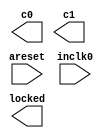
// megafunction wizard: %ALTPLL%VBB%
// GENERATION: STANDARD
// VERSION: WM1.0
// MODULE: altpll 

// ============================================================
// Megafunction Name(s):
// 			altpll
//
// Simulation Library Files(s):
// 			altera_mf
// ============================================================
// ************************************************************
// THIS IS A WIZARD-GENERATED FILE. DO NOT EDIT THIS FILE!
//
// 16.1.2 Build 203 01/18/2017 SJ Standard Edition
// ************************************************************

//Copyright (C) 2017  Intel Corporation. All rights reserved.
//Your use of Intel Corporation's design tools, logic functions 
//and other software and tools, and its AMPP partner logic 
//functions, and any output files from any of the foregoing 
//(including device programming or simulation files), and any 
//associated documentation or information are expressly subject 
//to the terms and conditions of the Intel Program License 
//Subscription Agreement, the Intel Quartus Prime License Agreement,
//the Intel MegaCore Function License Agreement, or other 
//applicable license agreement, including, without limitation, 
//that your use is for the sole purpose of programming logic 
//devices manufactured by Intel and sold by Intel or its 
//authorized distributors.  Please refer to the applicable 
//agreement for further details.

module sdram_pll (
	areset,
	inclk0,
	c0,
	c1,
	locked);

	input	  areset;
	input	  inclk0;
	output	  c0;
	output	  c1;
	output	  locked;
`ifndef ALTERA_RESERVED_QIS
// synopsys translate_off
`endif
	tri0	  areset;
`ifndef ALTERA_RESERVED_QIS
// synopsys translate_on
`endif

endmodule

// ============================================================
// CNX file retrieval info
// ============================================================
// Retrieval info: PRIVATE: ACTIVECLK_CHECK STRING "0"
// Retrieval info: PRIVATE: BANDWIDTH STRING "1.000"
// Retrieval info: PRIVATE: BANDWIDTH_FEATURE_ENABLED STRING "1"
// Retrieval info: PRIVATE: BANDWIDTH_FREQ_UNIT STRING "MHz"
// Retrieval info: PRIVATE: BANDWIDTH_PRESET STRING "Low"
// Retrieval info: PRIVATE: BANDWIDTH_USE_AUTO STRING "1"
// Retrieval info: PRIVATE: BANDWIDTH_USE_PRESET STRING "0"
// Retrieval info: PRIVATE: CLKBAD_SWITCHOVER_CHECK STRING "0"
// Retrieval info: PRIVATE: CLKLOSS_CHECK STRING "0"
// Retrieval info: PRIVATE: CLKSWITCH_CHECK STRING "0"
// Retrieval info: PRIVATE: CNX_NO_COMPENSATE_RADIO STRING "0"
// Retrieval info: PRIVATE: CREATE_CLKBAD_CHECK STRING "0"
// Retrieval info: PRIVATE: CREATE_INCLK1_CHECK STRING "0"
// Retrieval info: PRIVATE: CUR_DEDICATED_CLK STRING "c0"
// Retrieval info: PRIVATE: CUR_FBIN_CLK STRING "c0"
// Retrieval info: PRIVATE: DEVICE_SPEED_GRADE STRING "Any"
// Retrieval info: PRIVATE: DIV_FACTOR0 NUMERIC "1"
// Retrieval info: PRIVATE: DIV_FACTOR1 NUMERIC "1"
// Retrieval info: PRIVATE: DUTY_CYCLE0 STRING "50.00000000"
// Retrieval info: PRIVATE: DUTY_CYCLE1 STRING "50.00000000"
// Retrieval info: PRIVATE: EFF_OUTPUT_FREQ_VALUE0 STRING "100.000000"
// Retrieval info: PRIVATE: EFF_OUTPUT_FREQ_VALUE1 STRING "100.000000"
// Retrieval info: PRIVATE: EXPLICIT_SWITCHOVER_COUNTER STRING "0"
// Retrieval info: PRIVATE: EXT_FEEDBACK_RADIO STRING "0"
// Retrieval info: PRIVATE: GLOCKED_COUNTER_EDIT_CHANGED STRING "1"
// Retrieval info: PRIVATE: GLOCKED_FEATURE_ENABLED STRING "0"
// Retrieval info: PRIVATE: GLOCKED_MODE_CHECK STRING "0"
// Retrieval info: PRIVATE: GLOCK_COUNTER_EDIT NUMERIC "1048575"
// Retrieval info: PRIVATE: HAS_MANUAL_SWITCHOVER STRING "1"
// Retrieval info: PRIVATE: INCLK0_FREQ_EDIT STRING "50.000"
// Retrieval info: PRIVATE: INCLK0_FREQ_UNIT_COMBO STRING "MHz"
// Retrieval info: PRIVATE: INCLK1_FREQ_EDIT STRING "100.000"
// Retrieval info: PRIVATE: INCLK1_FREQ_EDIT_CHANGED STRING "1"
// Retrieval info: PRIVATE: INCLK1_FREQ_UNIT_CHANGED STRING "1"
// Retrieval info: PRIVATE: INCLK1_FREQ_UNIT_COMBO STRING "MHz"
// Retrieval info: PRIVATE: INTENDED_DEVICE_FAMILY STRING "Cyclone IV E"
// Retrieval info: PRIVATE: INT_FEEDBACK__MODE_RADIO STRING "1"
// Retrieval info: PRIVATE: LOCKED_OUTPUT_CHECK STRING "1"
// Retrieval info: PRIVATE: LONG_SCAN_RADIO STRING "1"
// Retrieval info: PRIVATE: LVDS_MODE_DATA_RATE STRING "Not Available"
// Retrieval info: PRIVATE: LVDS_MODE_DATA_RATE_DIRTY NUMERIC "0"
// Retrieval info: PRIVATE: LVDS_PHASE_SHIFT_UNIT0 STRING "deg"
// Retrieval info: PRIVATE: LVDS_PHASE_SHIFT_UNIT1 STRING "deg"
// Retrieval info: PRIVATE: MIG_DEVICE_SPEED_GRADE STRING "Any"
// Retrieval info: PRIVATE: MIRROR_CLK0 STRING "0"
// Retrieval info: PRIVATE: MIRROR_CLK1 STRING "0"
// Retrieval info: PRIVATE: MULT_FACTOR0 NUMERIC "1"
// Retrieval info: PRIVATE: MULT_FACTOR1 NUMERIC "1"
// Retrieval info: PRIVATE: NORMAL_MODE_RADIO STRING "1"
// Retrieval info: PRIVATE: OUTPUT_FREQ0 STRING "100.00000000"
// Retrieval info: PRIVATE: OUTPUT_FREQ1 STRING "100.00000000"
// Retrieval info: PRIVATE: OUTPUT_FREQ_MODE0 STRING "1"
// Retrieval info: PRIVATE: OUTPUT_FREQ_MODE1 STRING "1"
// Retrieval info: PRIVATE: OUTPUT_FREQ_UNIT0 STRING "MHz"
// Retrieval info: PRIVATE: OUTPUT_FREQ_UNIT1 STRING "MHz"
// Retrieval info: PRIVATE: PHASE_RECONFIG_FEATURE_ENABLED STRING "1"
// Retrieval info: PRIVATE: PHASE_RECONFIG_INPUTS_CHECK STRING "0"
// Retrieval info: PRIVATE: PHASE_SHIFT0 STRING "0.00000000"
// Retrieval info: PRIVATE: PHASE_SHIFT1 STRING "-90.00000000"
// Retrieval info: PRIVATE: PHASE_SHIFT_STEP_ENABLED_CHECK STRING "0"
// Retrieval info: PRIVATE: PHASE_SHIFT_UNIT0 STRING "deg"
// Retrieval info: PRIVATE: PHASE_SHIFT_UNIT1 STRING "deg"
// Retrieval info: PRIVATE: PLL_ADVANCED_PARAM_CHECK STRING "0"
// Retrieval info: PRIVATE: PLL_ARESET_CHECK STRING "1"
// Retrieval info: PRIVATE: PLL_AUTOPLL_CHECK NUMERIC "1"
// Retrieval info: PRIVATE: PLL_ENHPLL_CHECK NUMERIC "0"
// Retrieval info: PRIVATE: PLL_FASTPLL_CHECK NUMERIC "0"
// Retrieval info: PRIVATE: PLL_FBMIMIC_CHECK STRING "0"
// Retrieval info: PRIVATE: PLL_LVDS_PLL_CHECK NUMERIC "0"
// Retrieval info: PRIVATE: PLL_PFDENA_CHECK STRING "0"
// Retrieval info: PRIVATE: PLL_TARGET_HARCOPY_CHECK NUMERIC "0"
// Retrieval info: PRIVATE: PRIMARY_CLK_COMBO STRING "inclk0"
// Retrieval info: PRIVATE: RECONFIG_FILE STRING "sdram_pll.mif"
// Retrieval info: PRIVATE: SACN_INPUTS_CHECK STRING "0"
// Retrieval info: PRIVATE: SCAN_FEATURE_ENABLED STRING "1"
// Retrieval info: PRIVATE: SELF_RESET_LOCK_LOSS STRING "0"
// Retrieval info: PRIVATE: SHORT_SCAN_RADIO STRING "0"
// Retrieval info: PRIVATE: SPREAD_FEATURE_ENABLED STRING "0"
// Retrieval info: PRIVATE: SPREAD_FREQ STRING "50.000"
// Retrieval info: PRIVATE: SPREAD_FREQ_UNIT STRING "KHz"
// Retrieval info: PRIVATE: SPREAD_PERCENT STRING "0.500"
// Retrieval info: PRIVATE: SPREAD_USE STRING "0"
// Retrieval info: PRIVATE: SRC_SYNCH_COMP_RADIO STRING "0"
// Retrieval info: PRIVATE: STICKY_CLK0 STRING "1"
// Retrieval info: PRIVATE: STICKY_CLK1 STRING "1"
// Retrieval info: PRIVATE: SWITCHOVER_COUNT_EDIT NUMERIC "1"
// Retrieval info: PRIVATE: SWITCHOVER_FEATURE_ENABLED STRING "1"
// Retrieval info: PRIVATE: SYNTH_WRAPPER_GEN_POSTFIX STRING "0"
// Retrieval info: PRIVATE: USE_CLK0 STRING "1"
// Retrieval info: PRIVATE: USE_CLK1 STRING "1"
// Retrieval info: PRIVATE: USE_CLKENA0 STRING "0"
// Retrieval info: PRIVATE: USE_CLKENA1 STRING "0"
// Retrieval info: PRIVATE: USE_MIL_SPEED_GRADE NUMERIC "0"
// Retrieval info: PRIVATE: ZERO_DELAY_RADIO STRING "0"
// Retrieval info: LIBRARY: altera_mf altera_mf.altera_mf_components.all
// Retrieval info: CONSTANT: BANDWIDTH_TYPE STRING "AUTO"
// Retrieval info: CONSTANT: CLK0_DIVIDE_BY NUMERIC "1"
// Retrieval info: CONSTANT: CLK0_DUTY_CYCLE NUMERIC "50"
// Retrieval info: CONSTANT: CLK0_MULTIPLY_BY NUMERIC "2"
// Retrieval info: CONSTANT: CLK0_PHASE_SHIFT STRING "0"
// Retrieval info: CONSTANT: CLK1_DIVIDE_BY NUMERIC "1"
// Retrieval info: CONSTANT: CLK1_DUTY_CYCLE NUMERIC "50"
// Retrieval info: CONSTANT: CLK1_MULTIPLY_BY NUMERIC "2"
// Retrieval info: CONSTANT: CLK1_PHASE_SHIFT STRING "-2500"
// Retrieval info: CONSTANT: COMPENSATE_CLOCK STRING "CLK0"
// Retrieval info: CONSTANT: INCLK0_INPUT_FREQUENCY NUMERIC "20000"
// Retrieval info: CONSTANT: INTENDED_DEVICE_FAMILY STRING "Cyclone IV E"
// Retrieval info: CONSTANT: LPM_TYPE STRING "altpll"
// Retrieval info: CONSTANT: OPERATION_MODE STRING "NORMAL"
// Retrieval info: CONSTANT: PLL_TYPE STRING "AUTO"
// Retrieval info: CONSTANT: PORT_ACTIVECLOCK STRING "PORT_UNUSED"
// Retrieval info: CONSTANT: PORT_ARESET STRING "PORT_USED"
// Retrieval info: CONSTANT: PORT_CLKBAD0 STRING "PORT_UNUSED"
// Retrieval info: CONSTANT: PORT_CLKBAD1 STRING "PORT_UNUSED"
// Retrieval info: CONSTANT: PORT_CLKLOSS STRING "PORT_UNUSED"
// Retrieval info: CONSTANT: PORT_CLKSWITCH STRING "PORT_UNUSED"
// Retrieval info: CONSTANT: PORT_CONFIGUPDATE STRING "PORT_UNUSED"
// Retrieval info: CONSTANT: PORT_FBIN STRING "PORT_UNUSED"
// Retrieval info: CONSTANT: PORT_INCLK0 STRING "PORT_USED"
// Retrieval info: CONSTANT: PORT_INCLK1 STRING "PORT_UNUSED"
// Retrieval info: CONSTANT: PORT_LOCKED STRING "PORT_USED"
// Retrieval info: CONSTANT: PORT_PFDENA STRING "PORT_UNUSED"
// Retrieval info: CONSTANT: PORT_PHASECOUNTERSELECT STRING "PORT_UNUSED"
// Retrieval info: CONSTANT: PORT_PHASEDONE STRING "PORT_UNUSED"
// Retrieval info: CONSTANT: PORT_PHASESTEP STRING "PORT_UNUSED"
// Retrieval info: CONSTANT: PORT_PHASEUPDOWN STRING "PORT_UNUSED"
// Retrieval info: CONSTANT: PORT_PLLENA STRING "PORT_UNUSED"
// Retrieval info: CONSTANT: PORT_SCANACLR STRING "PORT_UNUSED"
// Retrieval info: CONSTANT: PORT_SCANCLK STRING "PORT_UNUSED"
// Retrieval info: CONSTANT: PORT_SCANCLKENA STRING "PORT_UNUSED"
// Retrieval info: CONSTANT: PORT_SCANDATA STRING "PORT_UNUSED"
// Retrieval info: CONSTANT: PORT_SCANDATAOUT STRING "PORT_UNUSED"
// Retrieval info: CONSTANT: PORT_SCANDONE STRING "PORT_UNUSED"
// Retrieval info: CONSTANT: PORT_SCANREAD STRING "PORT_UNUSED"
// Retrieval info: CONSTANT: PORT_SCANWRITE STRING "PORT_UNUSED"
// Retrieval info: CONSTANT: PORT_clk0 STRING "PORT_USED"
// Retrieval info: CONSTANT: PORT_clk1 STRING "PORT_USED"
// Retrieval info: CONSTANT: PORT_clk2 STRING "PORT_UNUSED"
// Retrieval info: CONSTANT: PORT_clk3 STRING "PORT_UNUSED"
// Retrieval info: CONSTANT: PORT_clk4 STRING "PORT_UNUSED"
// Retrieval info: CONSTANT: PORT_clk5 STRING "PORT_UNUSED"
// Retrieval info: CONSTANT: PORT_clkena0 STRING "PORT_UNUSED"
// Retrieval info: CONSTANT: PORT_clkena1 STRING "PORT_UNUSED"
// Retrieval info: CONSTANT: PORT_clkena2 STRING "PORT_UNUSED"
// Retrieval info: CONSTANT: PORT_clkena3 STRING "PORT_UNUSED"
// Retrieval info: CONSTANT: PORT_clkena4 STRING "PORT_UNUSED"
// Retrieval info: CONSTANT: PORT_clkena5 STRING "PORT_UNUSED"
// Retrieval info: CONSTANT: PORT_extclk0 STRING "PORT_UNUSED"
// Retrieval info: CONSTANT: PORT_extclk1 STRING "PORT_UNUSED"
// Retrieval info: CONSTANT: PORT_extclk2 STRING "PORT_UNUSED"
// Retrieval info: CONSTANT: PORT_extclk3 STRING "PORT_UNUSED"
// Retrieval info: CONSTANT: SELF_RESET_ON_LOSS_LOCK STRING "OFF"
// Retrieval info: CONSTANT: WIDTH_CLOCK NUMERIC "5"
// Retrieval info: USED_PORT: @clk 0 0 5 0 OUTPUT_CLK_EXT VCC "@clk[4..0]"
// Retrieval info: USED_PORT: areset 0 0 0 0 INPUT GND "areset"
// Retrieval info: USED_PORT: c0 0 0 0 0 OUTPUT_CLK_EXT VCC "c0"
// Retrieval info: USED_PORT: c1 0 0 0 0 OUTPUT_CLK_EXT VCC "c1"
// Retrieval info: USED_PORT: inclk0 0 0 0 0 INPUT_CLK_EXT GND "inclk0"
// Retrieval info: USED_PORT: locked 0 0 0 0 OUTPUT GND "locked"
// Retrieval info: CONNECT: @areset 0 0 0 0 areset 0 0 0 0
// Retrieval info: CONNECT: @inclk 0 0 1 1 GND 0 0 0 0
// Retrieval info: CONNECT: @inclk 0 0 1 0 inclk0 0 0 0 0
// Retrieval info: CONNECT: c0 0 0 0 0 @clk 0 0 1 0
// Retrieval info: CONNECT: c1 0 0 0 0 @clk 0 0 1 1
// Retrieval info: CONNECT: locked 0 0 0 0 @locked 0 0 0 0
// Retrieval info: GEN_FILE: TYPE_NORMAL sdram_pll.v TRUE
// Retrieval info: GEN_FILE: TYPE_NORMAL sdram_pll.ppf TRUE
// Retrieval info: GEN_FILE: TYPE_NORMAL sdram_pll.inc FALSE
// Retrieval info: GEN_FILE: TYPE_NORMAL sdram_pll.cmp FALSE
// Retrieval info: GEN_FILE: TYPE_NORMAL sdram_pll.bsf FALSE
// Retrieval info: GEN_FILE: TYPE_NORMAL sdram_pll_inst.v FALSE
// Retrieval info: GEN_FILE: TYPE_NORMAL sdram_pll_bb.v TRUE
// Retrieval info: LIB_FILE: altera_mf
// Retrieval info: CBX_MODULE_PREFIX: ON